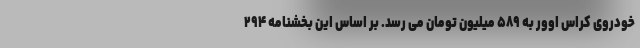
خودروی کراس اوور به ۵۸۹ میلیون تومان می رسد. بر اساس این بخشنامه ۲۹۴